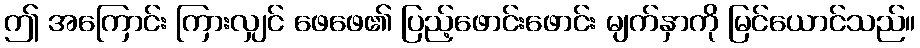
ဤ အကြောင်း ကြားလျှင် ဖေဖေ၏ ပြည့်ဖောင်းဖောင်း မျက်နှာကို မြင်ယောင်သည်။